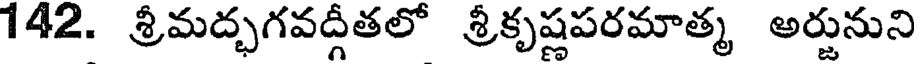
142. శ్రీమద్భగవద్గీతలో శ్రీకృష్ణపరమాత్మ అర్జునుని